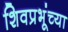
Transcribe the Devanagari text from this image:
शिवप्रभूंच्या